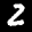
Label: 2